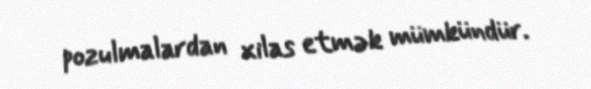
pozulmalardan xilas etmək mümkündür.